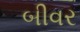
બીવર